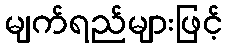
မျက်ရည်များဖြင့်